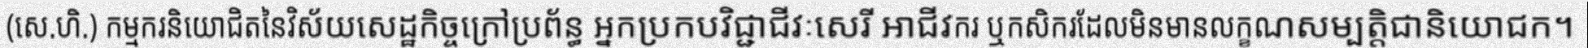
(សេ.ហិ.) កម្មករនិយោជិតនៃវិស័យសេដ្ឋកិច្ចក្រៅប្រព័ន្ធ អ្នកប្រកបវិជ្ជាជីវៈសេរី អាជីវករ ឬកសិករដែលមិនមានលក្ខណសម្បត្តិជានិយោជក។